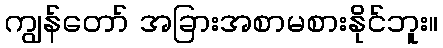
ကျွန်တော် အခြားအစာမစားနိုင်ဘူး။